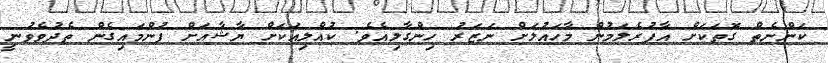
ކަންނެތް ގޮތަކަށް އާފުރެލަމުން މާހައުލަށް ނަޒަރު ހިންގާލިއެވެ. ކުއްލިއަކަށް ޔާޝާއަށް ފުންމައިގެން ތެދުވެވުނީ